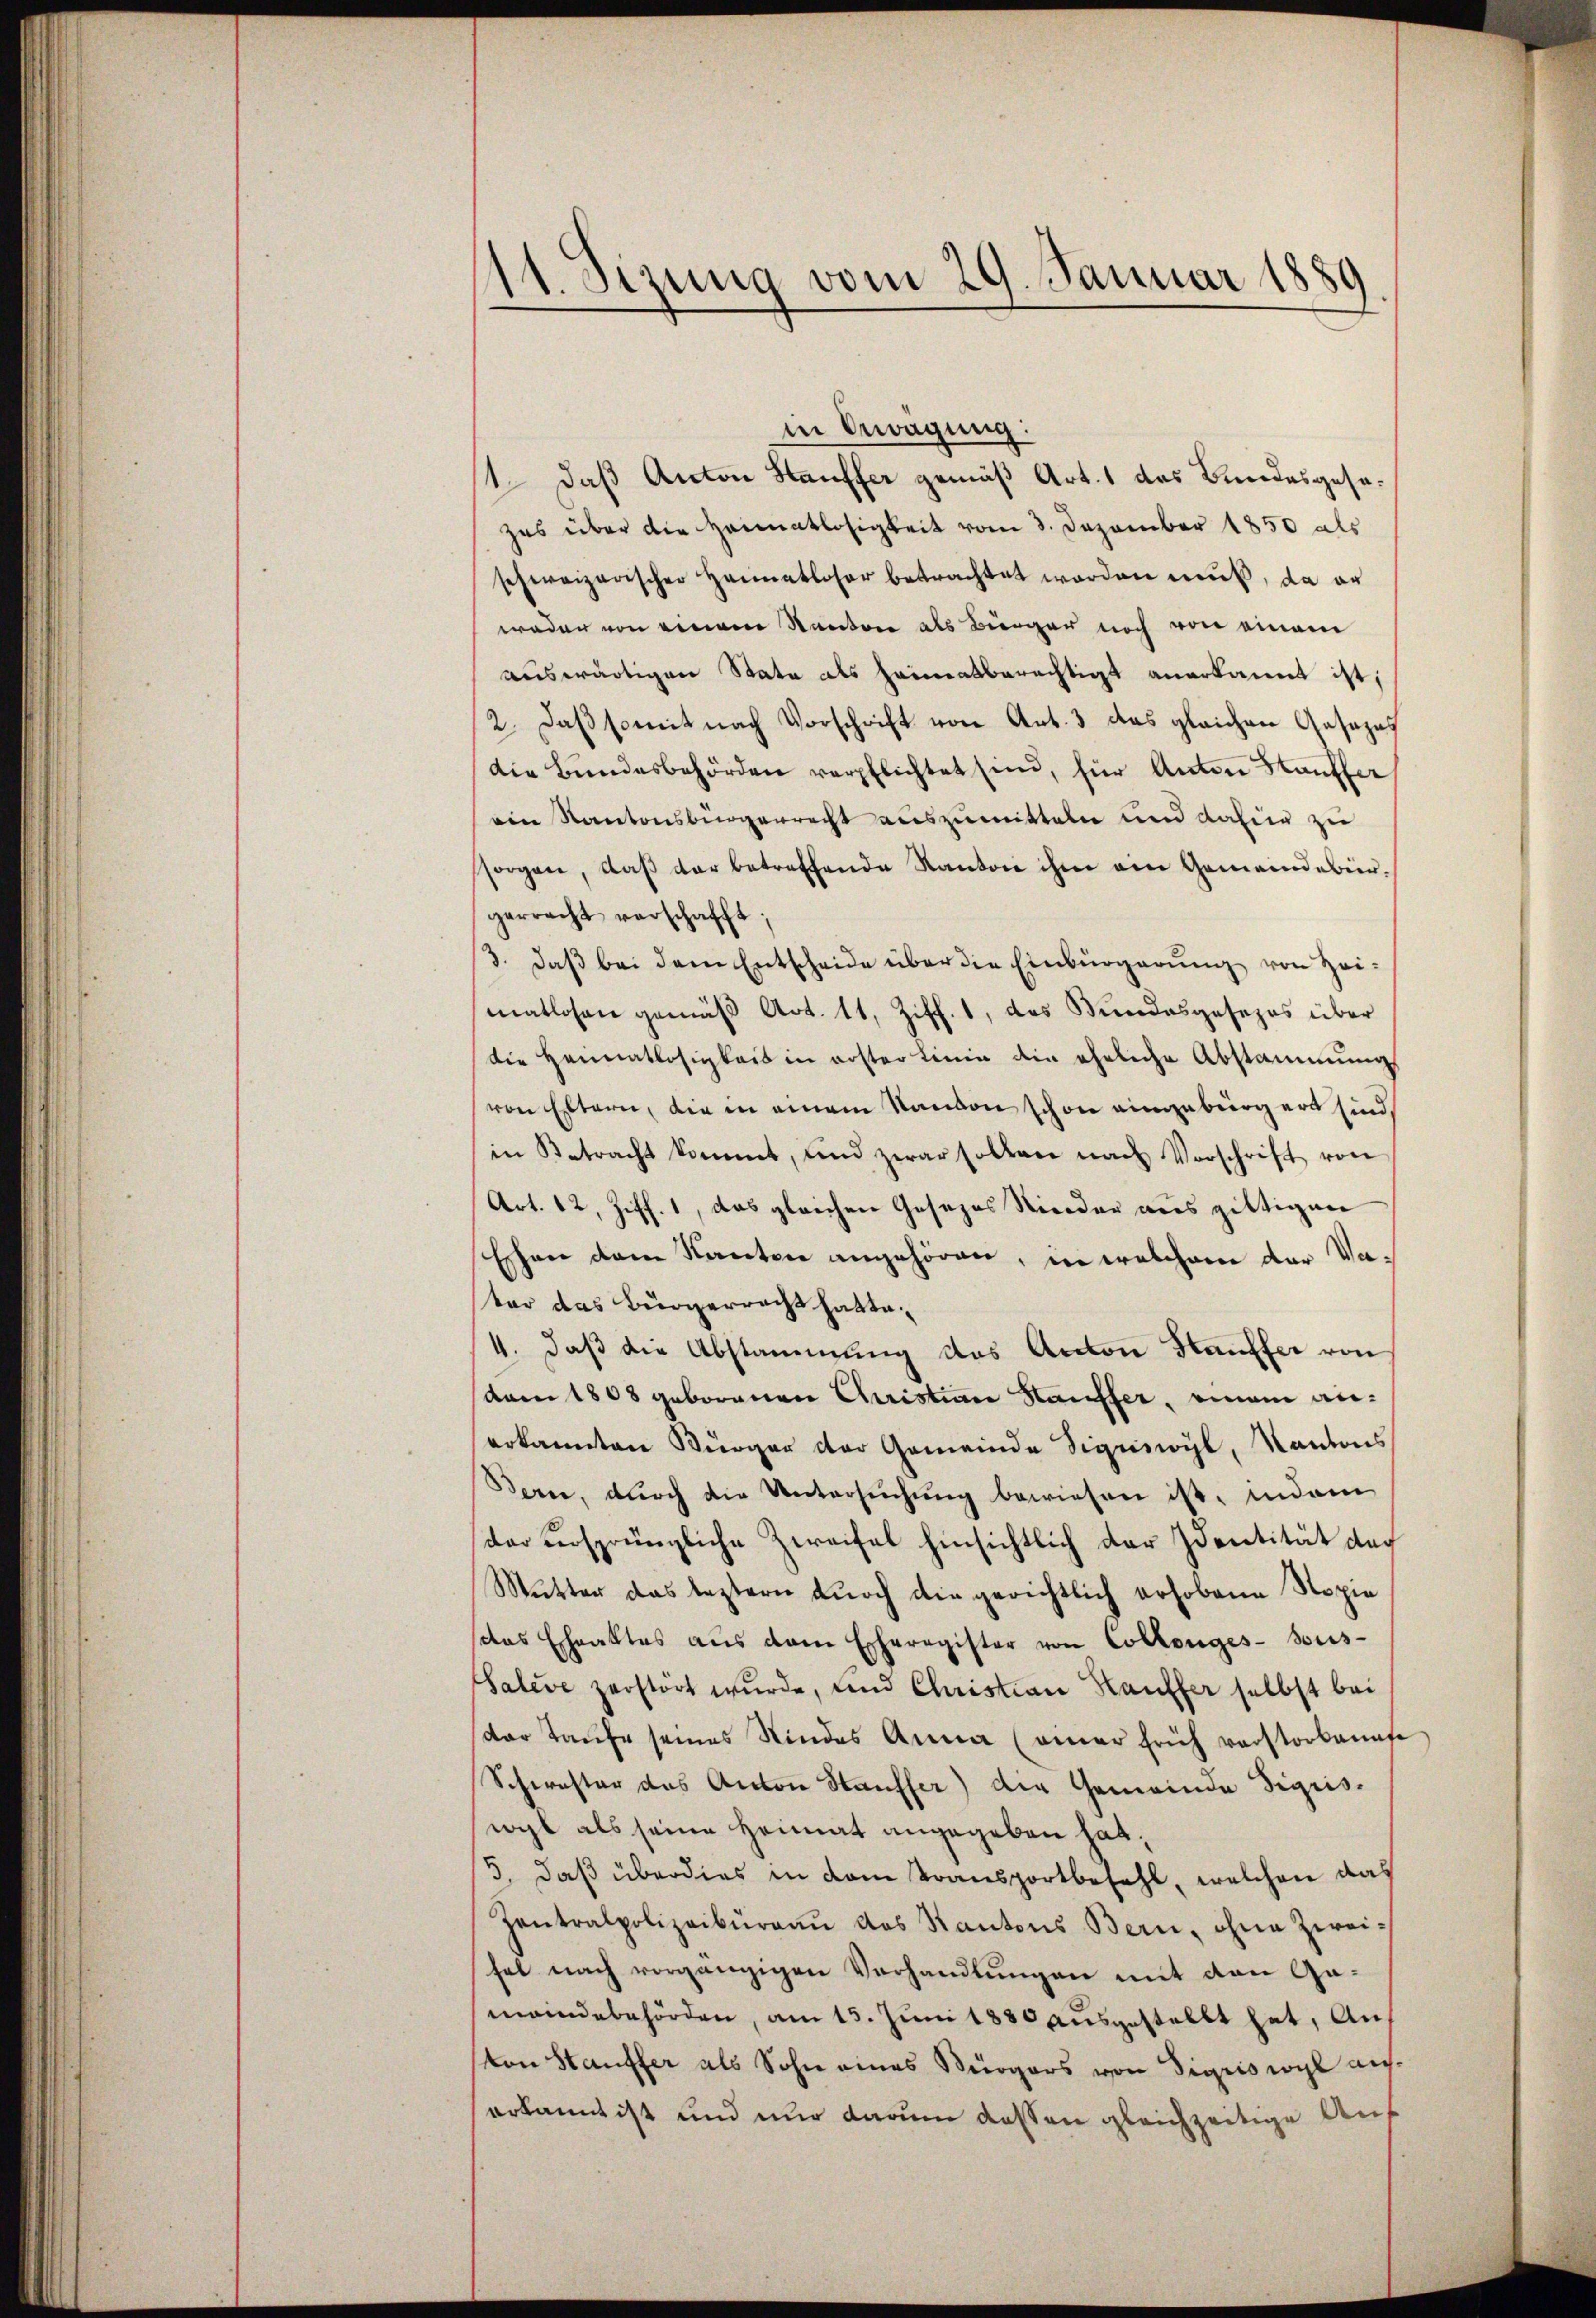
11. Sizung vom 29. Januar 1889

in Erwägung:
1. daß Anton Hauffer gemäß Art. 1 das Bundesgesezes über die Heimatlosigkeit vom 3. Dezember 1850 als
schweizerischer Heimatloser betrachtet worden muß, da er
weder von einem Kanton als Bürger noch von einem
auswärtigen State als Heimatberechtigt anerkannt ist,
2. Daß somit nach Vorschrift von Art. 3 das gleichen Gesezes
die Bundesbehörden verpflichtet sind, für Anton Stauffer
ein Kantonsbürgerrecht auszumitteln und dafür zu
sorgen, daβ der betreffende Kanton ihm am Gemeindebürgerrecht verschafft;
3. daβ bei dem Entscheide über die Einbürgerŭng von Zeimatlosen gemäß Art. 11, Ziff. 1, das Bundesgesezes über
die Heimatlosigkeit in erster Linie die ehrliche Abstammung
von Eltern, die in einem Randon schon eingebürgert sind,
in Betracht kommt, und zwar sollen nach Verschrift von
Art. 12, Ziff. 1, das gleichen Gesezes Rinder aus giltigen
Eschen dem Kanton angehören, in welchem der Vater das Bürgerrecht hatte.
4. daβ die Abstammung das Anton Kauffer von
dem 1808 geborenen Christian Hauffer, einem anerkannten Bürger der Gemeinde Signswyl, Kantons
Bern, durch die Untersŭchŭng bewiesen ist, indem
der versprüngliche Zweifel hinsichtlich der Identität der
Mutter das leztern durch die gerichtlich erhobene Nopie
das Ehraktes aus dem Exheregister von Collenges- sous-
Saleve zerstört wurde, und Christian Hauffer selbst bei
der Taufe seines Kindes Anna (amer früh verstorkannte
Schwester das Anton Hauffer) die Gemeinde Sigriswyl als seine Heimat angegeben hat,
5, daß überdies in dem Transportbefehl, welchen das
Zentralpolizeibŭrgaŭ des Kantons Bern, ohne Zwei-
hel nach vorgängigen Verhandlungen mit den Gameindebehörden, am 15. Juni 1880 ausgestellt hat, Auf
ton Stauffer als Sohn eines Bürgers von Sigriswyl auserkannt ist und nur darum dassen gleichzeitige Auf